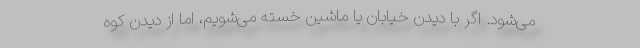
می‌شود. اگر با دیدن خیابان یا ماشین خسته می‌شویم، اما از دیدن کوه